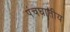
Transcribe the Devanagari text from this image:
पंचघातीय